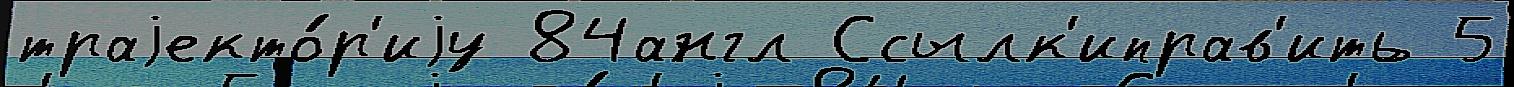
траjекто́р'иjу 84англ Ссылк'иправ'ить 5